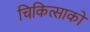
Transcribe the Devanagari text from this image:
चिकित्‍साको